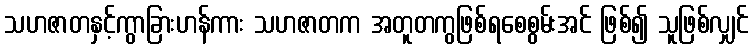
သဟဇာတနှင့်ကွာခြားဟန်ကား သဟဇာတက အတူတကွဖြစ်ရစေစွမ်းအင် ဖြစ်၍ သူဖြစ်လျှင်